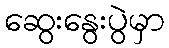
ဆွေးနွေးပွဲမှာ